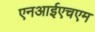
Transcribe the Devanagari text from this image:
एनआईएचएम